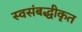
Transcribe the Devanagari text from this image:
स्वसंबद्धीकृत